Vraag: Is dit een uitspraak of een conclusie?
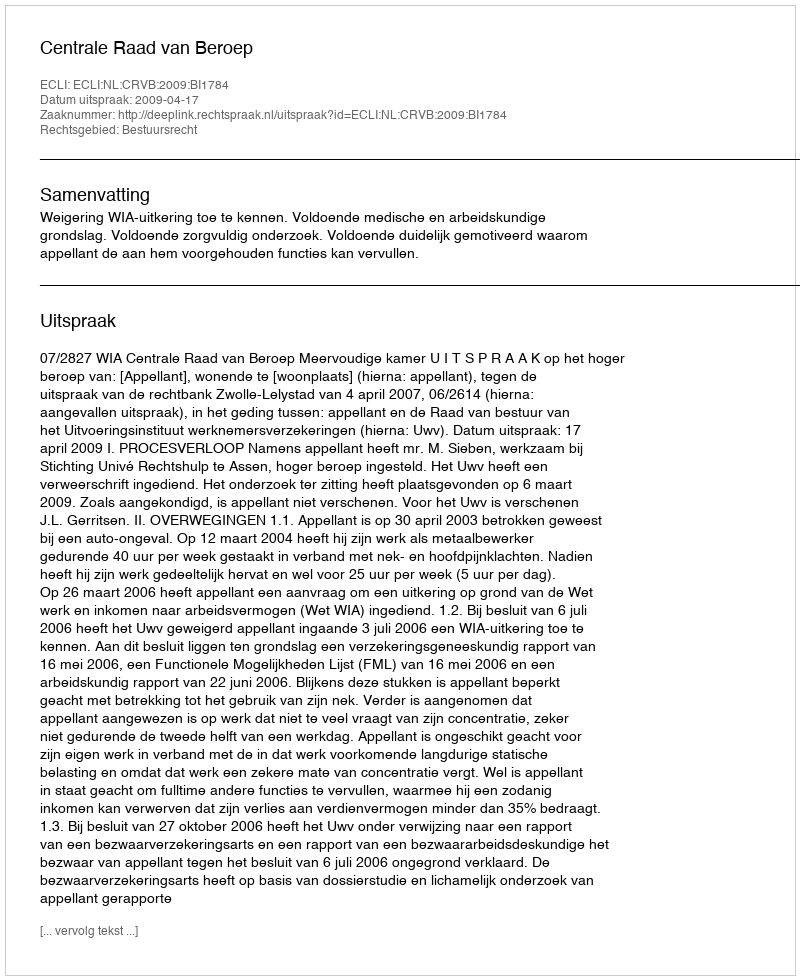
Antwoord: Uitspraak